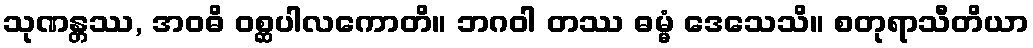
သုဏန္တဿ, အဝဓိ ဝစ္ဆပါလကောတိ။ ဘဂဝါ တဿ ဓမ္မံ ဒေသေသိ။ စတုရာသီတိယာ